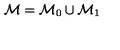
\mathcal { M } = \mathcal { M } _ { 0 } \cup \mathcal { M } _ { 1 }